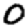
Digit: 0